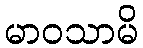
မာဝသာမိ